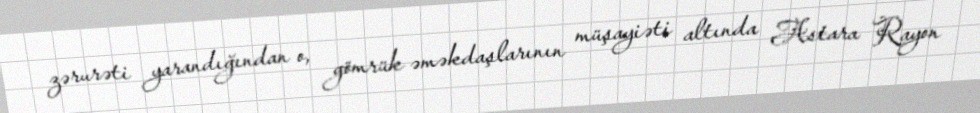
zərurəti yarandığından o, gömrük əməkdaşlarının müşayiəti altında Astara Rayon